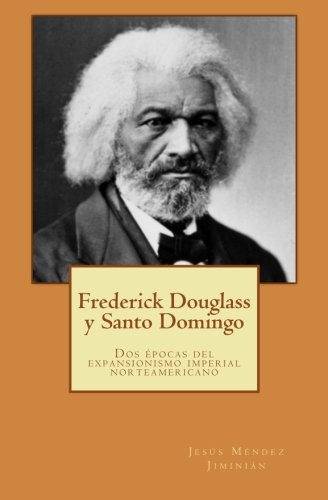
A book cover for Frederick Douglass y Santo Domingo: Dos Ã©pocas del expansionismo imperial norteamericano (Spanish Edition); JesÃºs MÃ©ndez JiminiÃ¡n; Travel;